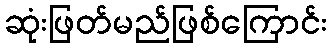
ဆုံးဖြတ်မည်ဖြစ်ကြောင်း